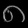
Digit: ၈